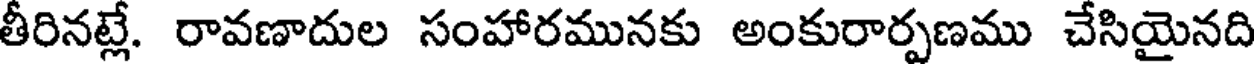
తీరినట్లే. రావణాదుల సంహారమునకు అంకురార్పణము చేసియైనది